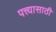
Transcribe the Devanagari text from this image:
पत्त्यासाठी